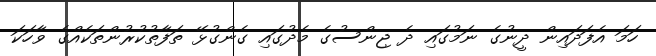
ހަމަ އެފަދައިން ދީނުގެ ނަމުގައި ދެ ޖިންސުގެ މެދުގައި ގެންގުޅޭ ތަފާތުކުރުންތަކެއްގެ ވާހަކަ